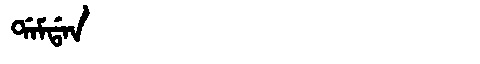
Manchu: ᡩᠠᠮᡩᠠᠨ
Romanization: DAMDAN